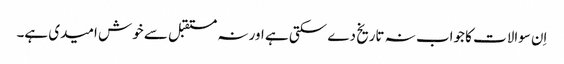
اِن سوالات کا جواب نہ تاریخ دے سکتی ہے اور نہ مستقبل سے خوش امیدی ہے۔